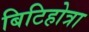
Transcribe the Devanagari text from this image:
बिटिहोत्रा